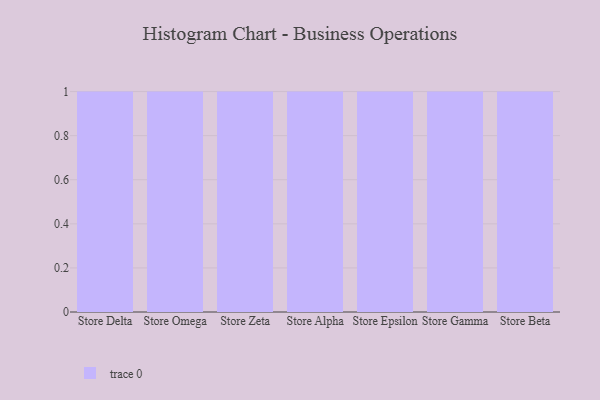
{"axis": {"x": "Store", "y": "Active Users"}, "legend": [""], "data": [{"x": "Store Delta", "y": 11, "type": ""}, {"x": "Store Omega", "y": 10, "type": ""}, {"x": "Store Zeta", "y": 57, "type": ""}, {"x": "Store Alpha", "y": 14, "type": ""}, {"x": "Store Epsilon", "y": 95, "type": ""}, {"x": "Store Gamma", "y": 89, "type": ""}, {"x": "Store Beta", "y": 40, "type": ""}]}